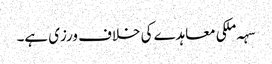
سہہ ملکی معاہدے کی خلاف ورزی ہے۔